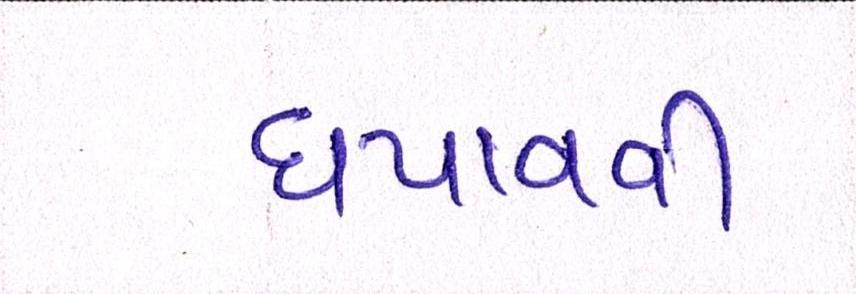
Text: ધપાવવી